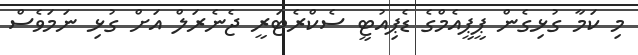
މި ކަމާ ގުޅިގެން ޕީޕީއެމްގެ ޑެޕިއުޓީ ސެކްރެޓަރީ ޖެނެރަލް އަށް ގުޅި ނަމަވެސް